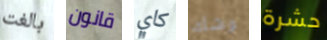
بالغت قانون كاي وشك حشرة